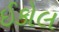
ઈકોલ